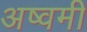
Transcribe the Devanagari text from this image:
अष्वमी